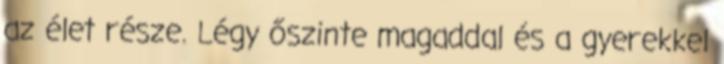
az élet része. Légy őszinte magaddal és a gyerekkel